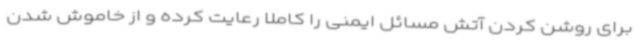
برای روشن کردن آتش مسائل ایمنی را کاملا رعایت کرده و از خاموش شدن